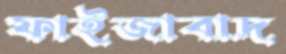
ফাইজাবাদ